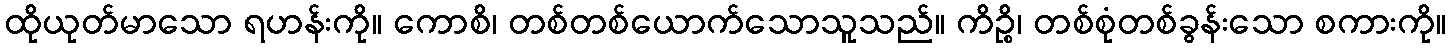
ထိုယုတ်မာသော ရဟန်းကို။ ကောစိ၊ တစ်တစ်ယောက်သောသူသည်။ ကိဉ္စိ၊ တစ်စုံတစ်ခွန်းသော စကားကို။